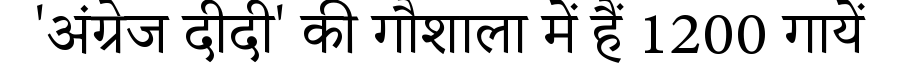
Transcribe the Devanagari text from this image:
'अंग्रेज दीदी' की गौशाला में हैं 1200 गायें